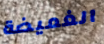
الغميضة